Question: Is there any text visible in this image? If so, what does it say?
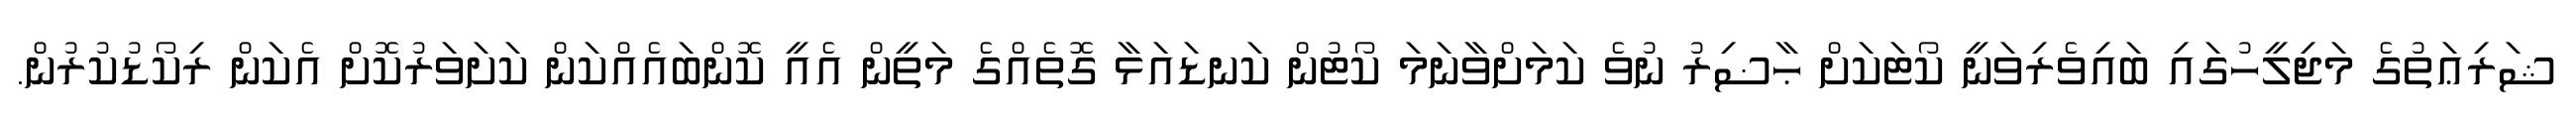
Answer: ޝަރިޢަތުގެ މަޖިލީހުގައި ބައިވެރިވަނީ ކޯޓަކަށް ޙާޟިރު ނުވެ ކަމަށްވާނަމަ ކޯޓުން ކަނޑައަޅާ ގޮތެއްގެ މަތީން އެއީ ކޮންބައެއްކަން ކަށަވަރުކޮށް އެކަން ރިކޯޑުކުރުން.